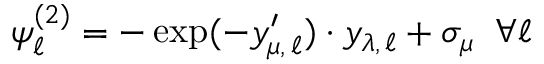
\psi _ { \ell } ^ { ( 2 ) } = - \exp ( - y _ { \mu , \, \ell } ^ { \prime } ) \cdot y _ { \lambda , \, \ell } + \sigma _ { \mu } \; \; \forall \ell